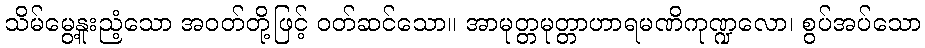
သိမ်မွေ့နူးညံ့သော အဝတ်တို့ဖြင့် ဝတ်ဆင်သော။ အာမုတ္တမုတ္တာဟာရမဏိကုဏ္ဍလော၊ စွပ်အပ်သော